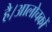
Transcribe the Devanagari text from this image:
है।आलोचकों